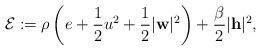
LaTeX: \begin{align*}\mathcal{E}:=\rho\left(e+\frac{1}{2}u^2+\frac{1}{2}|\mathbf{w}|^2\right)+\frac{\beta}{2}|\mathbf{h}|^2,\end{align*}